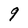
Character: q